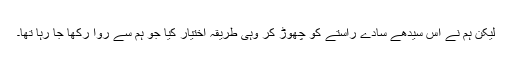
لیکن ہم نے اس سیدھے سادے راستے کو چھوڑ کر وہی طریقہ اختیار کیا جو ہم سے روا رکھا جا رہا تھا۔